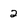
Character: 2